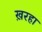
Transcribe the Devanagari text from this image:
ख़रहा